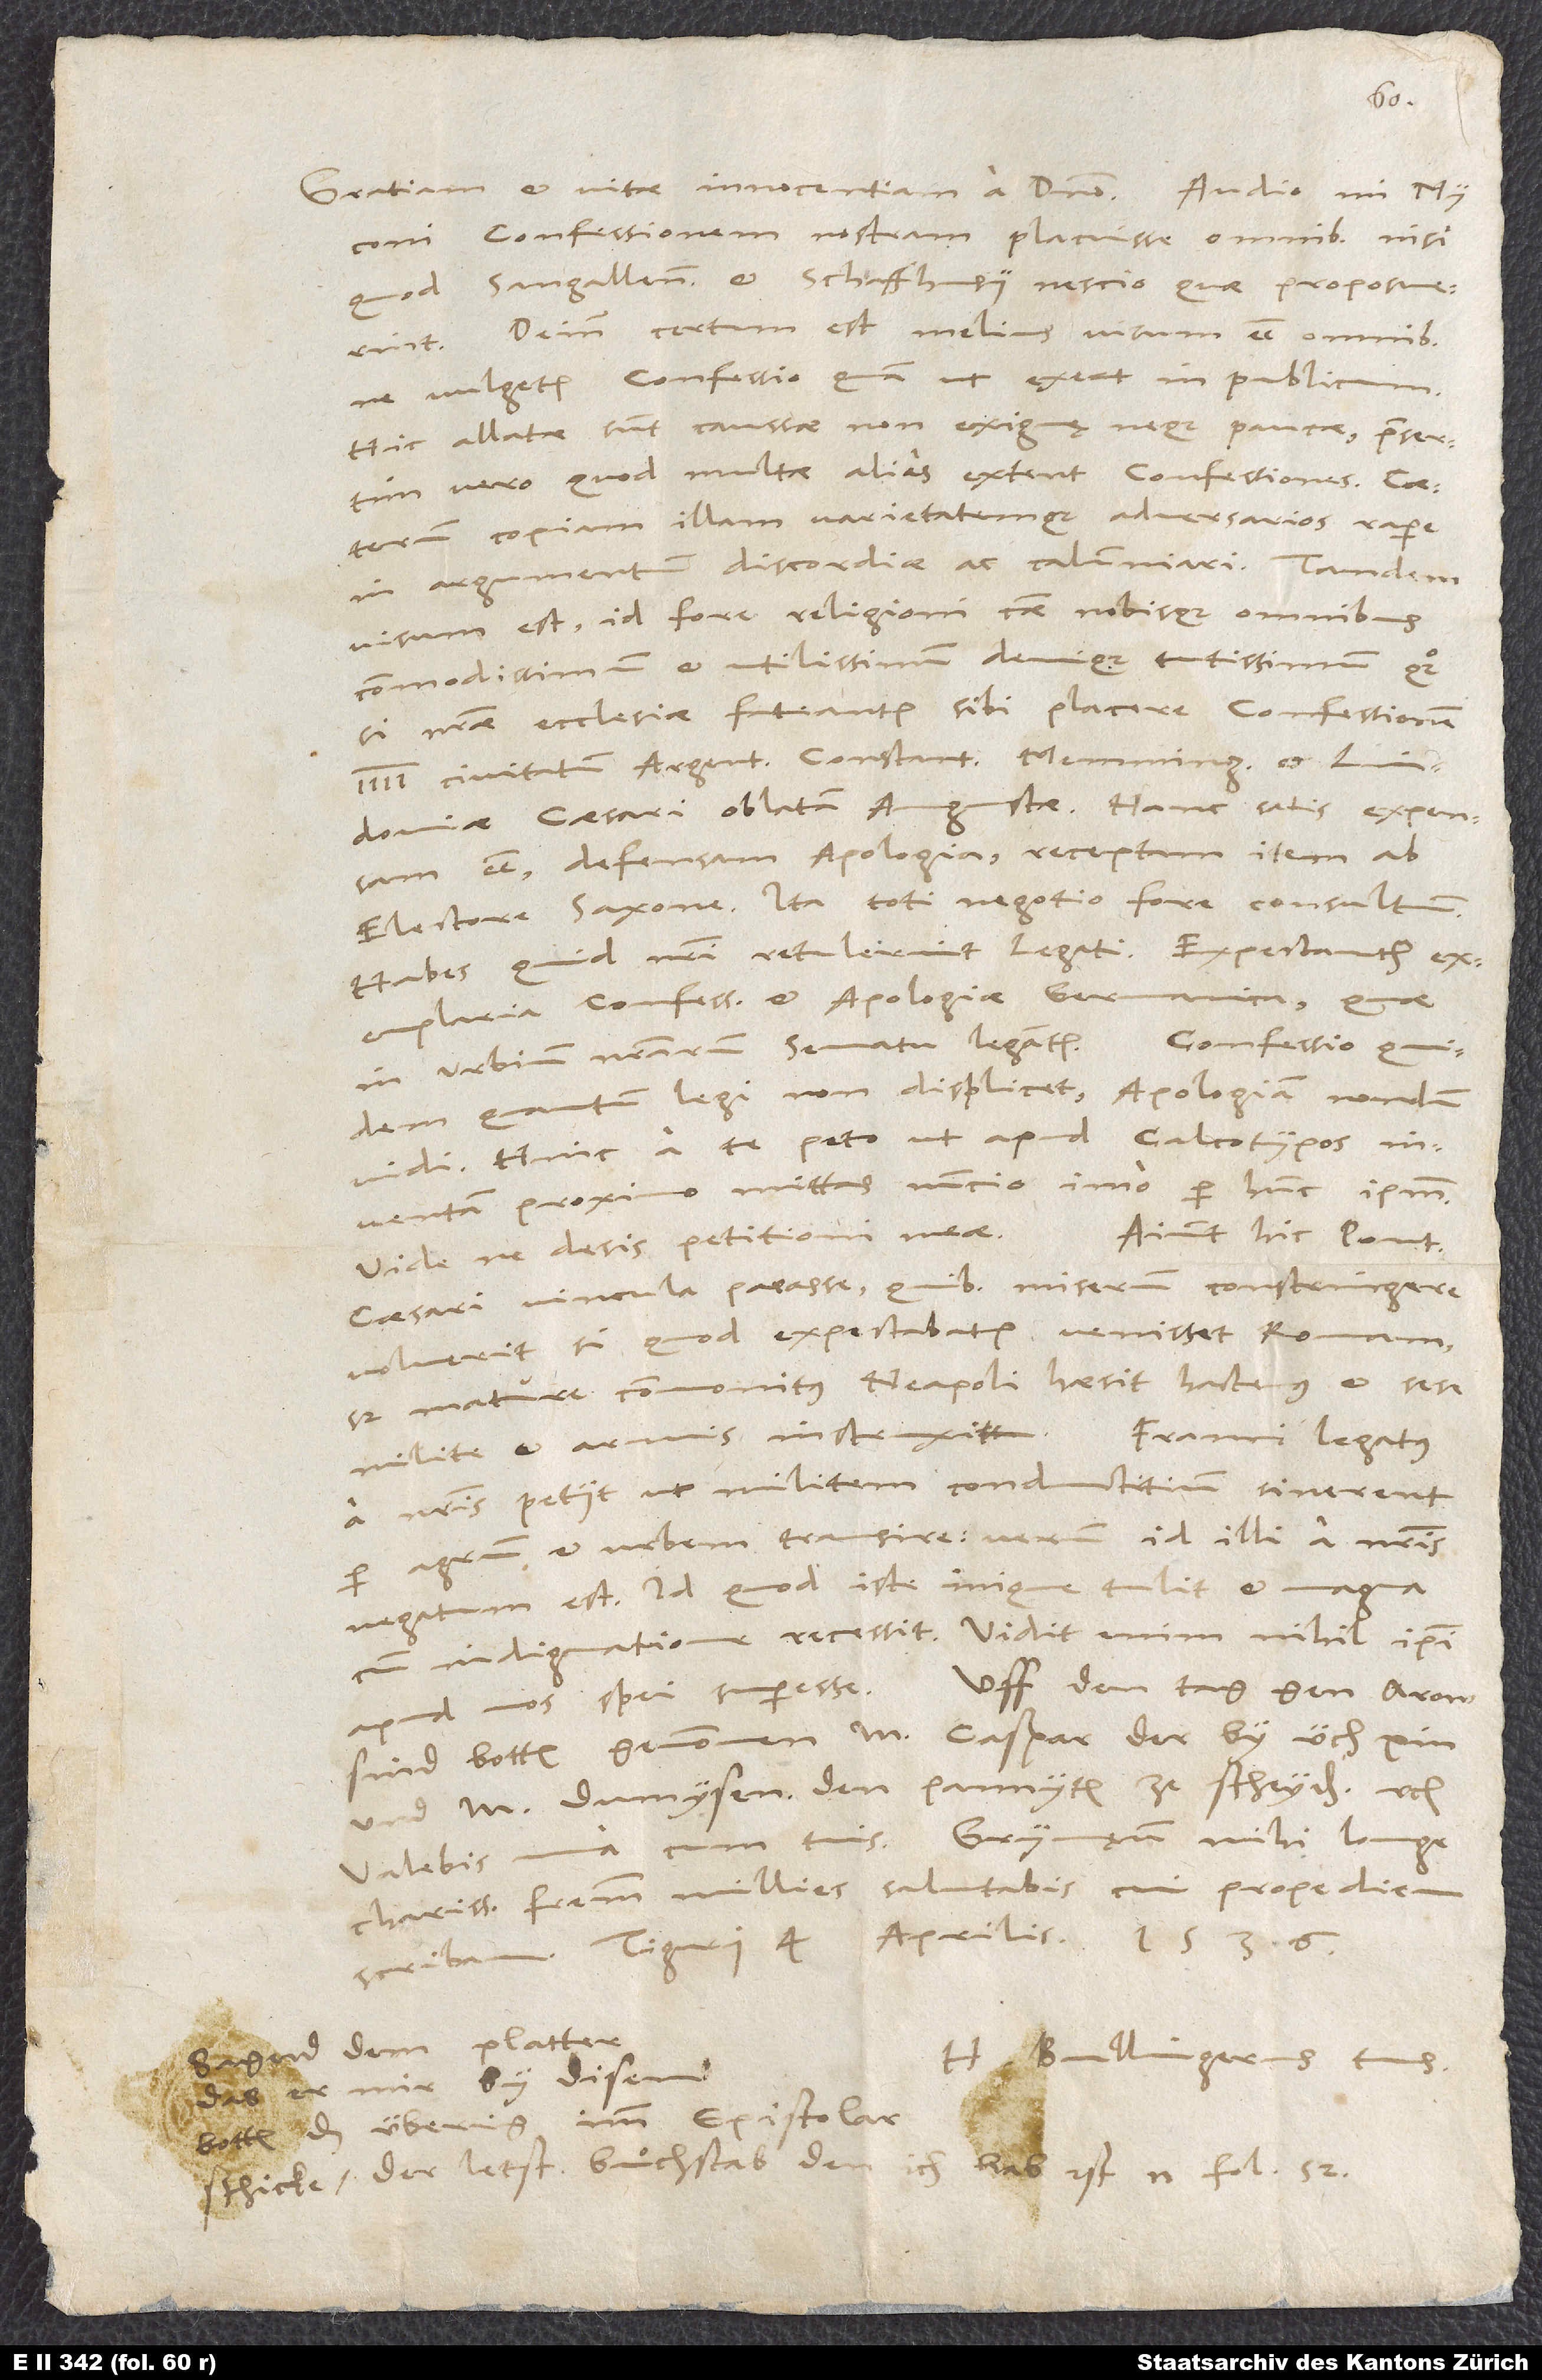
confessionem nostram placuisse omnibus, nisi
quod Sangallenses et Schaffhusii nescio quae proposuerint.
Deinde certum est melius visum esse omnibus,
ne vulgetur confessio, quam ut exeat in publicum.
Hic allatae sunt caussae non exiguę neque paucae, praesertim
vero, quod multae alias extent confessiones. Caeterum
copiam illam varietatemque adversarios rapere
in argumentum discordiae ac calumniari. Tandem
visum est id fore religioni, caussae nobisque omnibus
commodissimum et utilissimum, denique tutissimum quoque,
si nostrae ecclesiae fateantur sibi placere confessionem
Lindoviae caesari oblatam Augustae. Hanc satis expensam
esse, defensam apologia, receptam item ab
electore Saxone. Ita toti negotio fore consultum.
Habes, quid nostri retulerint legati. Expectantur
exemplaria confessionis et apologiae Germanica, quae
quantum legi, non displicet; apologiam nondum
vidi. Hinc a te peto, ut apud calcotypos
inventam proximo mittas nuncio, imo per hunc ipsum.
caesari vincula parasse, quibus miserum constringere
voluerit, si, quod expectabatur, venisset Romam,
sed mature commonitus Neapoli haesit hactenus et sese
Franci legatus
milite et armis instruxit.
a nostris petiit, ut militem conductitium sinerent
per agrum et urbem transire; verum id illi a nostris
negatum est. Id quod iste inique tulit et magna
cum indignatione recessit. Vidit enim nihil ipsi
m Dumysen, den pannyten ze scheyden etc.
Valebis una cum tuis. Grynęum, mihi longe
charissimum fratrem, millies salutabis, cui propediem
Sagend dem Platter,
H. Bullingerus tuus.
das er mir by disem
botten das überig imm epistolar
schicke; der letst buͦchstab, den ich hab, ist n, fol. 52.